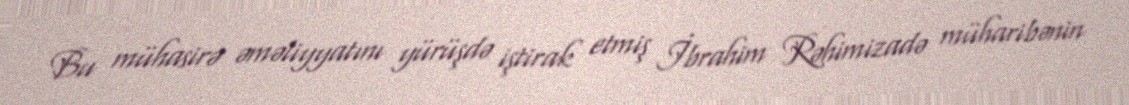
Bu mühasirə əməliyyatını yürüşdə iştirak etmiş İbrahim Rəhimizadə müharibənin